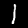
Digit: 1